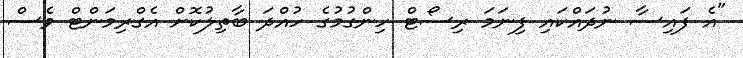
"އެ ފައިސާ ނުދައްކައި ފިނަމަ ރިސޯޓް ހިންގުމުގެ ހުއްދަ ބާތިލުކޮށް އެގްރިމަންޓް ވެސް